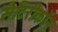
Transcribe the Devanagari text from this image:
सैटिरीकॉन